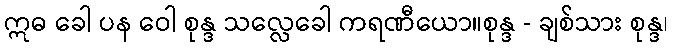
ဣဓ ခေါ ပန ဝေါ စုန္ဒ သလ္လေခေါ ကရဏီယော။စုန္ဒ - ချစ်သား စုန္ဒ၊